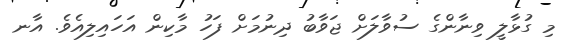
މި ގުޅާލީ ވިނާންގެ ސުވާލަށް ޖަވާބު ދިނުމަށް ފަހު މާކިން އަހައިލިއެވެ. އާނ